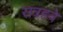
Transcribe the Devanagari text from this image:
सत्रहवे